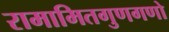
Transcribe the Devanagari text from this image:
रामामितगुणगणो